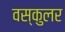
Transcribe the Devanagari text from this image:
वस्कुलर